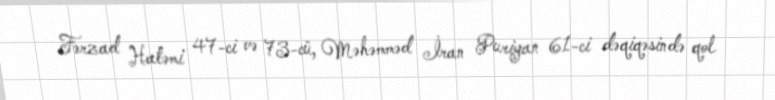
Fərzad Hatəmi 47-ci və 73-cü, Məhəmməd İran Puriyan 61-ci dəqiqəsində qol